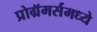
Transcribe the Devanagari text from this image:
प्रोग्रॅमर्समध्ये